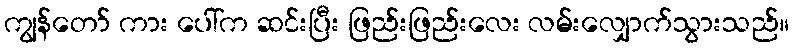
ကျွန်တော် ကား ပေါ်က ဆင်းပြီး ဖြည်းဖြည်းလေး လမ်းလျှောက်သွားသည်။